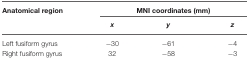
<table><thead><tr><td><b>Anatomical region</b></td><td colspan="3"><b>MNI coordinates (mm)</b></td></tr><tr><td></td><td><b><i>x</i></b></td><td><b><i>y</i></b></td><td><b><i>z</i></b></td></tr></thead><tbody><tr><td>Left fusiform gyrus</td><td>−30</td><td>−61</td><td>−4</td></tr><tr><td>Right fusiform gyrus</td><td>32</td><td>−58</td><td>−3</td></tr></tbody></table>